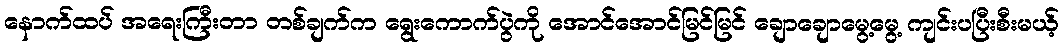
နောက်ထပ် အရေးကြီးတာ တစ်ချက်က ရွေးကောက်ပွဲကို အောင်အောင်မြင်မြင် ချောချောမွေ့မွေ့ ကျင်းပပြီးစီးမယ့်